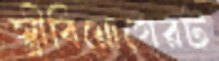
স্ত্রীবিয়োগেরট